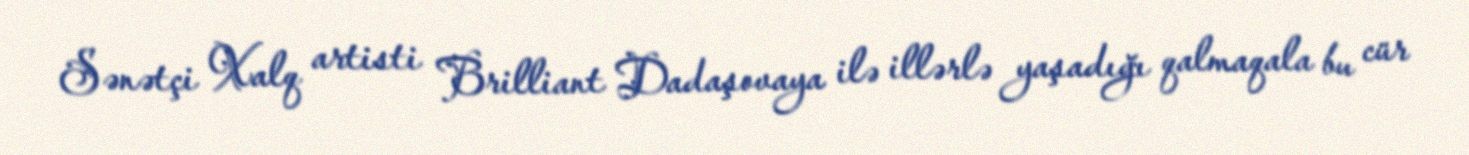
Sənətçi Xalq artisti Brilliant Dadaşovaya ilə illərlə yaşadığı qalmaqala bu cür